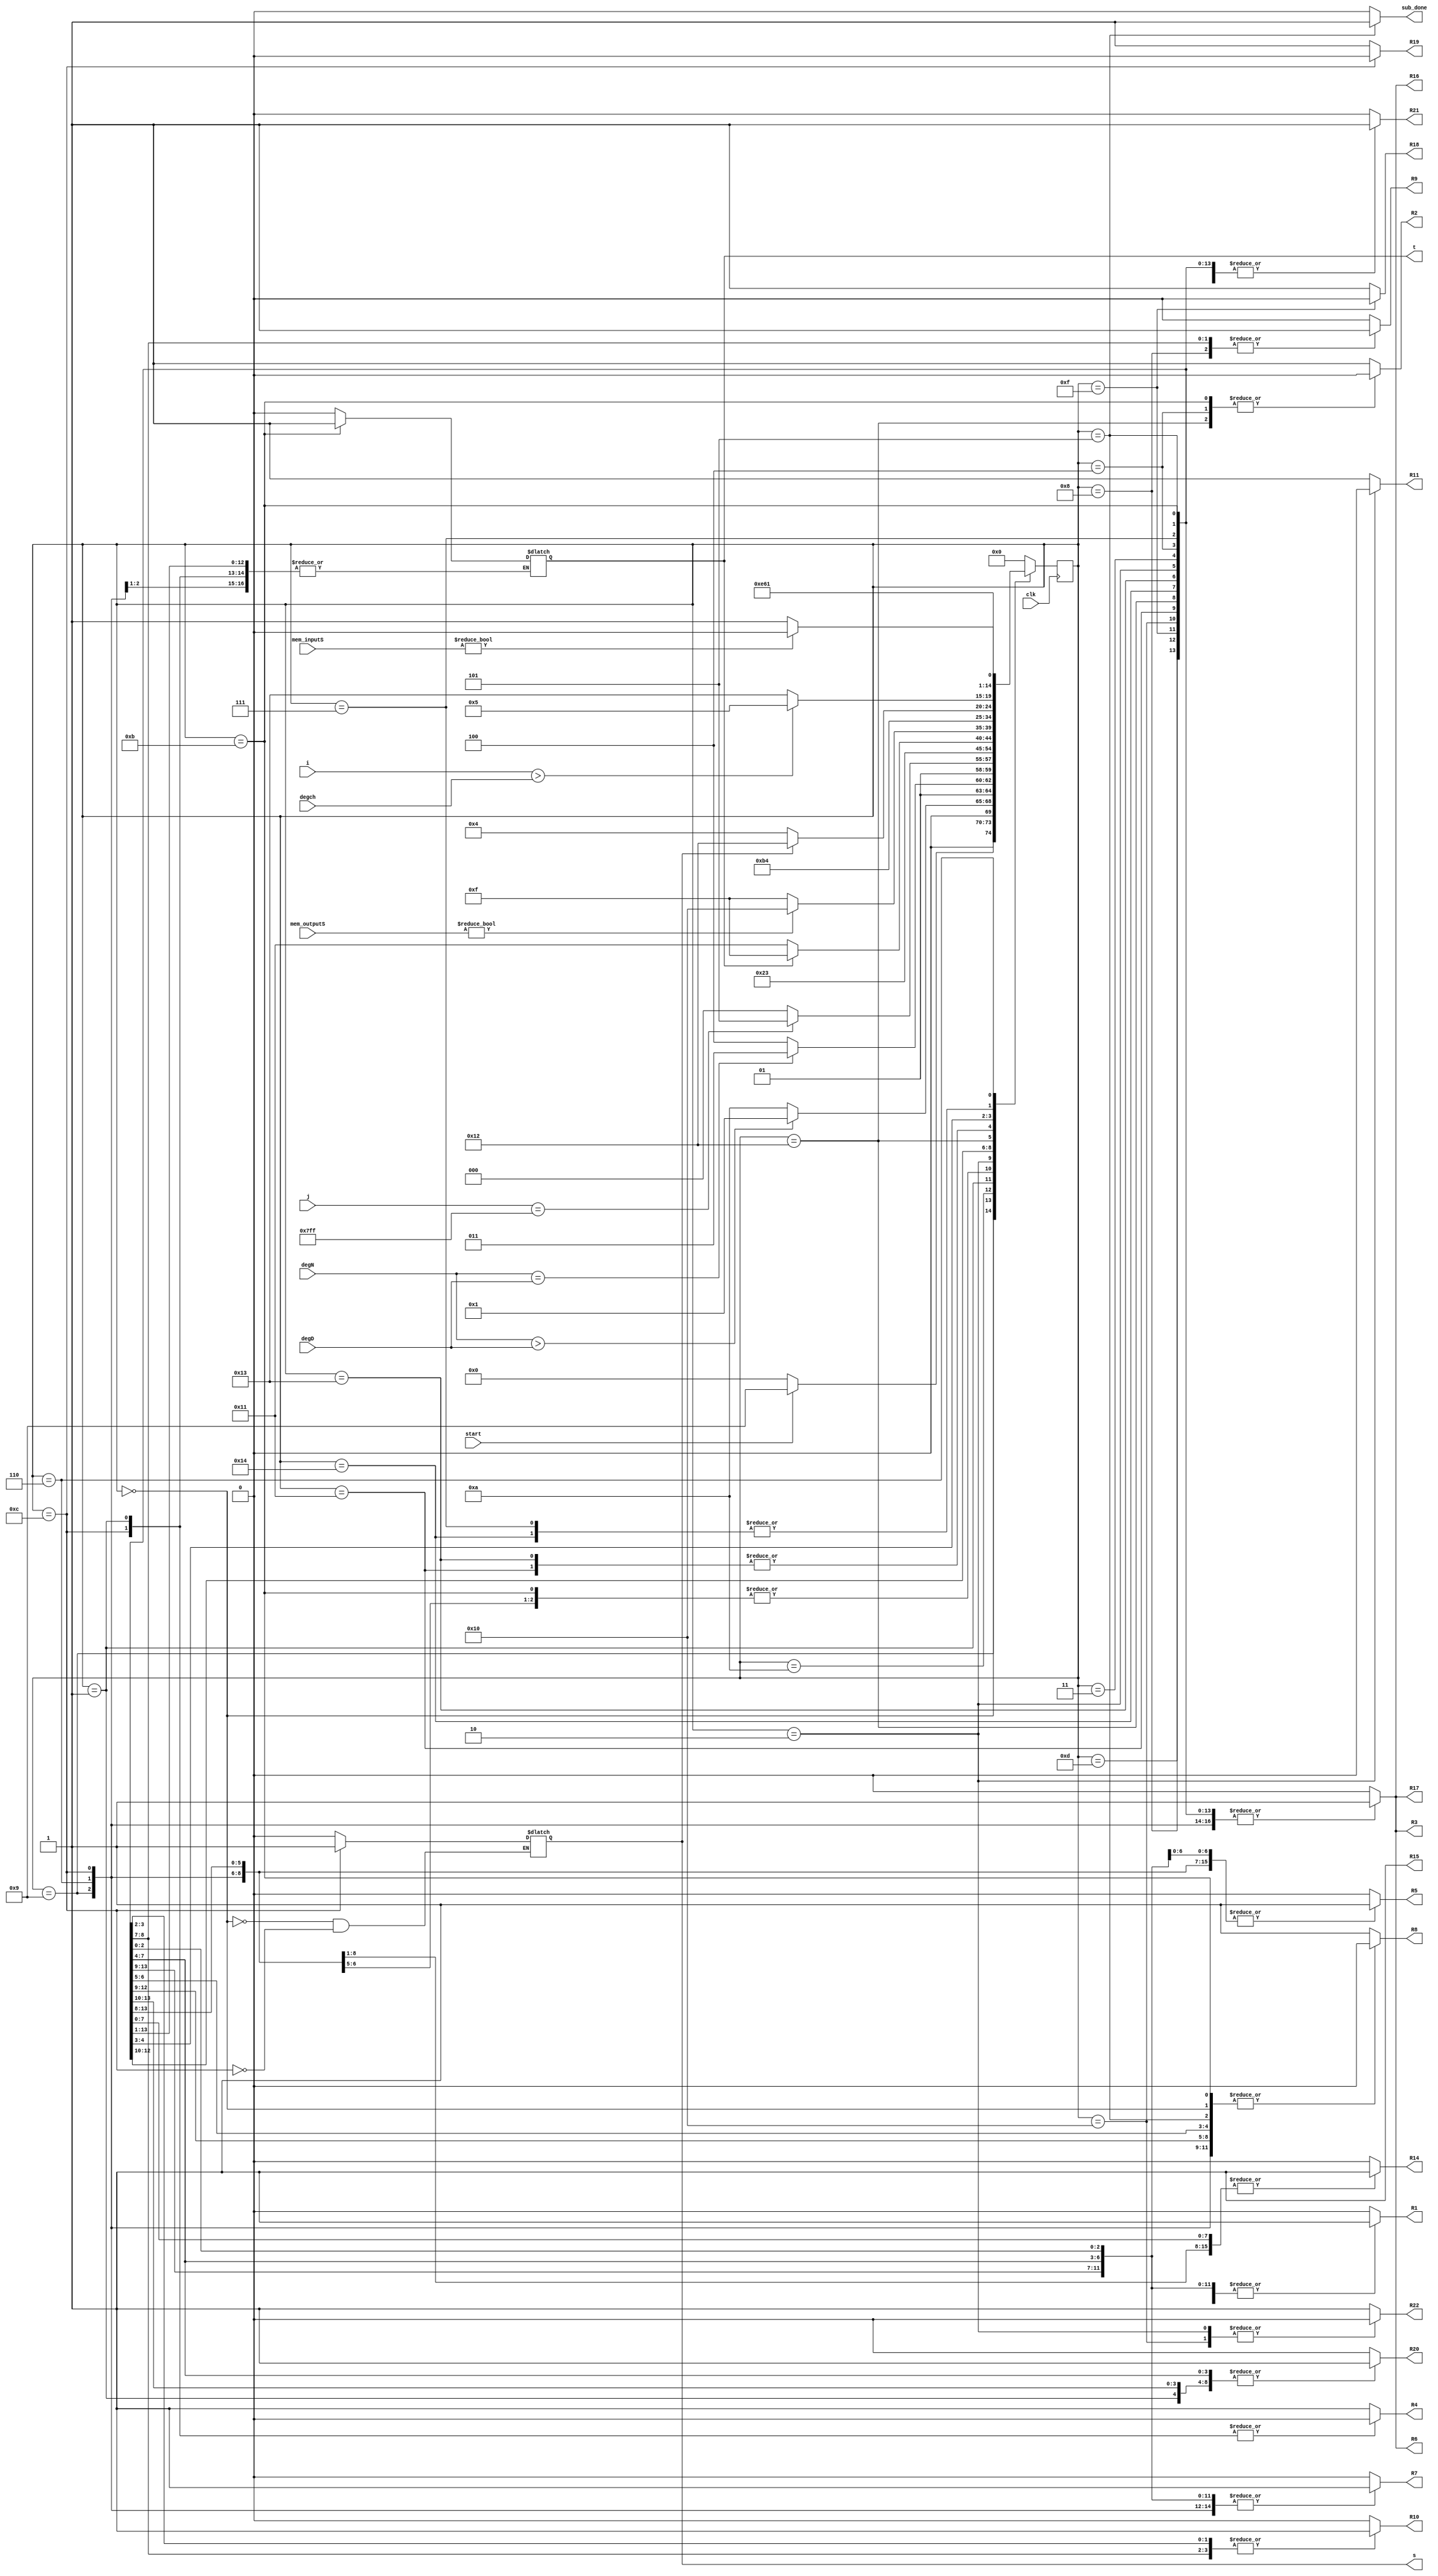
`timescale 1ns / 1ps
//////////////////////////////////////////////////////////////////////////////////
// Company: 
// Engineer: 
// 
// Design Name: 
// Module Name: Subpoly_FSM
// Project Name: 
// Target Devices: 
// Tool Versions: 
// Description: 
// 
// Dependencies: 
// 
// Revision:
// Revision 0.01 - File Created
// Additional Comments:
// 
//////////////////////////////////////////////////////////////////////////////////


module Subpoly_FSM(
    input clk,
    input start,
    input [25:0]mem_inputS, mem_outputS,
    input [10:0] i,  degN, degD, degch,
    input  [10:0] j,
    output reg t,s,
    output reg R1, R2, R3, R4, R5,R6, R7, R8, R9, R10, R11, R14, R15, R16, R17,R18, R19,R20,R21,R22,
    output reg sub_done
    );
    
    parameter Inicio  = 5'b00000;
    parameter preg1=5'b01001;
    parameter preg4=5'b01010;
    parameter M2=5'b01011; 
    parameter M3=5'b01100;
    parameter sub  = 5'b00001;
    parameter temp2= 5'b01000;
    parameter preg3=5'b01101;    
    parameter grad=5'b01111; 
    parameter grad1=5'b10000;
    parameter preg5=5'b10001;
    parameter compD=5'b10010;
    parameter preg6=5'b10011;
    parameter temp3=5'b10100;
    parameter deg =5'b00010;
    parameter preg =5'b00011;
    parameter comp =5'b00100;
    parameter preg2 =5'b00110;
    parameter temp1= 5'b00111;
    parameter salida =5'b00101;


    reg [4:0] presente = Inicio; // Registro de Estado - Valor inicial
    reg [4:0] futuro;            // Entrada del registro de Estado

    // Registro de estado 
    always @(posedge clk)
        presente <= futuro;

    // Lgica del estado siguiente
    always @(presente,start,i, j, degN, degD, mem_inputS,mem_outputS, t, degch)
        case (presente)
            Inicio :
                if(start)
                    futuro <= preg1;            
                else
                    futuro <= Inicio;
                                   
            preg1:
                if(degN>degD)
                    futuro <= sub;
                else
                    futuro <= preg4;
            preg4:
                if(degN==degD)
                    futuro <= M2;
                else
                    futuro <= M3;
            M2:
                 futuro <= sub;
            M3:
                 futuro <= sub;
            sub:
                if(j==2047)
                    futuro <= preg3;
                else
                    futuro <= temp2;
            temp2:
                 futuro <= sub;
            
            deg:
                futuro<=preg;
            preg3:
                if(t==0)
                    futuro <= preg5;
                else
                    futuro <= grad;
//            A5:
//                 futuro <= grad;
            grad:
                if(mem_outputS!=0)
                    futuro <= grad1;
                else
                    futuro <= grad;
            grad1:
                 futuro <= salida;
            preg5:     
                 if (s==0)
                    futuro<=comp;
                else
                    futuro<=compD;
            compD:
                futuro<=temp3;
            temp3:
                 futuro<=preg2;
            preg6:
                if (s==0)
                    futuro<=comp;
                else
                    futuro<=compD; 
            preg:
                if (i>degch)
                    futuro<=salida;
                else
                    futuro<=preg6;
            comp: 
                futuro<=temp1;
            temp1:
                futuro<=preg2;                
            preg2:
                if(mem_inputS!=0)
                    futuro<=deg;
                else
                    futuro <= preg;
                                
            salida:
                futuro <= Inicio; 
            default:
                futuro <= Inicio;
        endcase
    
    // Lgica de salida
    always @(presente)
        case (presente)
            Inicio : begin
                R1 <= 1'b0;
                R2 <= 1'b1;
                R3 <= 1'b0;
                R4 <= 1'b1;
                R5 <= 1'b0;
                R6 <= 1'b0;
                R7 <= 1'b0;
                R8<= 1'b0;
                R9<= 1'b0;
                R10<= 1'b0;
                R11<= 1'b1;
                R14<= 1'b0;
                R15<= 1'b1;
                R16<= 1'b0;
                R17<= 1'b0;
                R18<= 1'b1;
                R19<= 1'b1;
                t<= 1'b0;
                R20<= 1'b0;
                R21<= 1'b0;
                R22<= 1'b1;
                s<=1'b0;
                sub_done <= 1'b0; 
            end
            preg1: begin
                R1 <= 1'b1;
                R2 <= 1'b1;
                R3 <= 1'b1;
                R4 <= 1'b1;
                R5 <= 1'b1;
                R6 <= 1'b1;
                R7 <= 1'b1;
                R8<= 1'b0;
                R9<= 1'b0;
                R10<= 1'b0;
                R11<= 1'b1;
                R14<= 1'b1;
                R15<= 1'b1;
                R16<= 1'b1;
                R17<= 1'b1;
                R18<= 1'b1;
                R19<= 1'b1;
                t<= t;
                s<=s;
                R20<= 1'b1;
                R21<= 1'b1;
                R22<= 1'b1;
                sub_done <= 1'b0;
            end
            preg2: begin
                R1 <= 1'b1;
                R2 <= 1'b1;
                R3 <= 1'b1;
                R4 <= 1'b1;
                R5 <= 1'b1;
                R6 <= 1'b1;
                R7 <= 1'b1;
                R8<= 1'b0;
                R9<= 1'b0;
                R10<= 1'b0;
                R11<= 1'b1;
                R14<= 1'b1;
                R15<= 1'b1;
                R16<= 1'b1;
                R17<= 1'b1;
                R18<= 1'b1;
                R19<= 1'b1;
                t<= t;
                s<=s;
                R20<= 1'b1;
                R21<= 1'b1;
                R22<= 1'b1;
                sub_done <= 1'b0;
            end
            M2: begin
                R1 <= 1'b1;
                R2 <= 1'b0;
                R3 <= 1'b1;
                R4 <= 1'b1;
                R5 <= 1'b1;
                R6 <= 1'b1;
                R7 <= 1'b1;
                R8<= 1'b0;
                R9<= 1'b0;
                R10<= 1'b0;
                R11<= 1'b1;
                R14<= 1'b1;
                R15<= 1'b1;
                R16<= 1'b1;
                R17<= 1'b1;
                R18<= 1'b1;
                R19<= 1'b1;
                t<= 1'b1;
                s<=s;
                R20<= 1'b0;
                R21<= 1'b1;
                R22<= 1'b1;
                sub_done <= 1'b0;
            end
            M3: begin
                R1 <= 1'b1;
                R2 <= 1'b1;
                R3 <= 1'b1;
                R4 <= 1'b0;
                R5 <= 1'b1;
                R6 <= 1'b1;
                R7 <= 1'b1;
                R8<= 1'b0;
                R9<= 1'b0;
                R10<= 1'b0;
                R11<= 1'b1;
                R14<= 1'b1;
                R15<= 1'b1;
                R16<= 1'b1;
                R17<= 1'b1;
                R18<= 1'b1;
                R19<= 1'b0;
                t<= t;
                s<=1'b1;
                R20<= 1'b0;
                R21 <= 1'b0;
                R22<= 1'b1;
                sub_done <= 1'b0;
            end                     
            sub: begin
                R1 <= 1'b1;
                R2 <= 1'b1;
                R3 <= 1'b0;
                R4 <= 1'b0;
                R5 <= 1'b0;
                R6 <= 1'b0;
                R7 <= 1'b0;
                R8<= 1'b1;
                R9<= 1'b0;
                R10<= 1'b0;
                R11<= 1'b1;
                R14<= 1'b0;
                R15<= 1'b1;
                R16<= 1'b0;
                R17<= 1'b0;
                R18<= 1'b1;
                R19<= 1'b1;
                t<= t;
                s<=s;
                R20<= 1'b1;
                R21<= 1'b1;
                R22<= 1'b1;
                sub_done <= 1'b0;
            end
            temp2: begin
                R1 <= 1'b1;
                R2 <= 1'b1;
                R3 <= 1'b1;
                R4 <= 1'b1;
                R5 <= 1'b1;
                R6 <= 1'b1;
                R7 <= 1'b1;
                R8<= 1'b1;
                R9<= 1'b1;
                R10<= 1'b0;
                R11<= 1'b1;
                R14<= 1'b1;
                R15<= 1'b1;
                R16<= 1'b1;
                R17<= 1'b1;
                R18<= 1'b1;
                R19<= 1'b1;
                t<= t;
                s<=s;
                R20<= 1'b1;
                R21<= 1'b1;
                R22<= 1'b1;
                sub_done <= 1'b0;
            end
            preg3: begin
                R1 <= 1'b1;
                R2 <= 1'b1;
                R3 <= 1'b1;
                R4 <= 1'b1;
                R5 <= 1'b1;
                R6 <= 1'b1;
                R7 <= 1'b1;
                R8<= 1'b0;
                R9<= 1'b0;
                R10<= 1'b0;
                R11<= 1'b1;
                R14<= 1'b1;
                R15<= 1'b1;
                R16<= 1'b1;
                R17<= 1'b1;
                R18<= 1'b1;
                R19<= 1'b1;
                t<= t;
                s<=s;
                R20<= 1'b1;
                R21<= 1'b1;
                R22<= 1'b1;
                sub_done <= 1'b0;
            end
//            A5: begin
//                R1 <= 1'b1;
//                R2 <= 1'b1;
//                R3 <= 1'b1;
//                R4 <= 1'b1;
//                R5 <= 1'b1;
//                R6 <= 1'b1;
//                R7 <= 1'b1;
//                R8<= 1'b0;
//                R9<= 1'b0;
//                R10<= 1'b0;
//                R11<= 1'b1;
//                R14<= 1'b0;
//                R15<= 1'b1;
//                R16<= 1'b1;
//                R17<= 1'b1;
//                sub_done <= 1'b1;
//            end
            grad: begin
                R1 <= 1'b1;
                R2 <= 1'b1;
                R3 <= 1'b1;
                R4 <= 1'b1;
                R5 <= 1'b1;
                R6 <= 1'b1;
                R7 <= 1'b1;
                R8<= 1'b0;
                R9<= 1'b0;
                R10<= 1'b0;
                R11<= 1'b1;
                R14<= 1'b1;
                R15<= 1'b1;
                R16<= 1'b1;
                R17<= 1'b1;
                R18<= 1'b0;
                R19<= 1'b1;
                t<= t;
                s<=s;
                R20<= 1'b1;
                R21<= 1'b1;
                R22<= 1'b1;
                sub_done <= 1'b0;
            end
            grad1: begin
                R1 <= 1'b1;
                R2 <= 1'b1;
                R3 <= 1'b1;
                R4 <= 1'b1;
                R5 <= 1'b1;
                R6 <= 1'b1;
                R7 <= 1'b1;
                R8<= 1'b0;
                R9<= 1'b0;
                R10<= 1'b0;
                R11<= 1'b1;
                R14<= 1'b1;
                R15<= 1'b1;
                R16<= 1'b1;
                R17<= 1'b1;
                R18<= 1'b1;
                R19<= 1'b1;
                t<= t;
                s<=s;
                R20<= 1'b1;
                R21<= 1'b1;
                R22<= 1'b0;
                sub_done <= 1'b0;
            end
            preg5: begin
                R1 <= 1'b1;
                R2 <= 1'b1;
                R3 <= 1'b1;
                R4 <= 1'b1;
                R5 <= 1'b1;
                R6 <= 1'b1;
                R7 <= 1'b1;
                R8<= 1'b0;
                R9<= 1'b0;
                R10<= 1'b0;
                R11<= 1'b1;
                R14<= 1'b1;
                R15<= 1'b1;
                R16<= 1'b1;
                R17<= 1'b1;
                R18<= 1'b1;
                R19<= 1'b1;
                t<= t;
                s<=s;
                R20<= 1'b0;
                R21<= 1'b1;
                R22<= 1'b1;
                sub_done <= 1'b0;
            end
            compD: begin
                R1 <= 1'b0;
                R2 <= 1'b0;
                R3 <= 1'b1;
                R4 <= 1'b1;
                R5 <= 1'b1;
                R6 <= 1'b1;
                R7 <= 1'b0;
                R8<= 1'b1;
                R9<= 1'b1;
                R10<= 1'b1;
                R11<= 1'b1;
                R14<= 1'b0;
                R15<= 1'b1;
                R16<= 1'b1;
                R17<= 1'b1;
                R18<= 1'b1;
                R19<= 1'b1;
                t<= t;
                s<=s;
                R20<= 1'b0;
                R21<= 1'b1;
                R22<= 1'b1;
                sub_done <= 1'b0;
            end
            temp3: begin
                R1 <= 1'b1;
                R2 <= 1'b1;
                R3 <= 1'b1;
                R4 <= 1'b1;
                R5 <= 1'b1;
                R6 <= 1'b1;
                R7 <= 1'b1;
                R8<= 1'b1;
                R9<= 1'b1;
                R10<= 1'b1;
                R11<= 1'b1;
                R14<= 1'b1;
                R15<= 1'b1;
                R16<= 1'b1;
                R17<= 1'b1;
                R18<= 1'b1;
                R19<= 1'b1;
                t<= t;
                s<=s;
                R20<= 1'b1;
                R21<= 1'b1;
                R22<= 1'b1;
                sub_done <= 1'b0;
            end
            preg6: begin
                R1 <= 1'b1;
                R2 <= 1'b1;
                R3 <= 1'b1;
                R4 <= 1'b1;
                R5 <= 1'b1;
                R6 <= 1'b1;
                R7 <= 1'b1;
                R8<= 1'b0;
                R9<= 1'b0;
                R10<= 1'b0;
                R11<= 1'b1;
                R14<= 1'b1;
                R15<= 1'b1;
                R16<= 1'b1;
                R17<= 1'b1;
                R18<= 1'b1;
                R19<= 1'b1;
                t<= t;
                s<=s;
                R20<= 1'b1;
                R21<= 1'b1;
                R22<= 1'b1;
                sub_done <= 1'b0;
            end
            
            deg: begin
                R1 <= 1'b1;
                R2 <= 1'b1;
                R3 <= 1'b1;
                R4 <= 1'b1;
                R5 <= 1'b1;
                R6 <= 1'b1;
                R7 <= 1'b1;
                R8<= 1'b0;
                R9<= 1'b0;
                R10<= 1'b0;
                R11<= 1'b0;
                R14<= 1'b1;
                R15<= 1'b1;
                R16<= 1'b1;
                R17<= 1'b1;
                R18<= 1'b1;
                R19<= 1'b1;
                t<= t;
                s<=s;
                R20<= 1'b1;
                R21<= 1'b1;
                R22<= 1'b0;
                sub_done <= 1'b0;
            end
            preg: begin
                R1 <= 1'b1;
                R2 <= 1'b1;
                R3 <= 1'b1;
                R4 <= 1'b1;
                R5 <= 1'b1;
                R6 <= 1'b1;
                R7 <= 1'b1;
                R8<= 1'b1;
                R9<= 1'b0;
                R10<= 1'b0;
                R11<= 1'b1;
                R14<= 1'b1;
                R15<= 1'b1;
                R16<= 1'b1;
                R17<= 1'b1;
                R18<= 1'b1;
                R19<= 1'b1;
                t<= t;
                s<=s;
                R20<= 1'b1;
                R21<= 1'b1;
                R22<= 1'b1;
                sub_done <= 1'b0;
            end
            comp: begin
                R1 <= 1'b0;
                R2 <= 1'b0;
                R3 <= 1'b1;
                R4 <= 1'b1;
                R5 <= 1'b0;
                R6 <= 1'b1;
                R7 <= 1'b0;
                R8<= 1'b1;
                R9<= 1'b0;
                R10<= 1'b1;
                R11<= 1'b1;
                R14<= 1'b1;
                R15<= 1'b1;
                R16<= 1'b1;
                R17<= 1'b1;
                R18<= 1'b1;
                R19<= 1'b1;
                t<= t;
                s<=s;
                R20<= 1'b0;
                R21<= 1'b1;
                R22<= 1'b1;
                sub_done <= 1'b0;
            end
            temp1: begin
                R1 <= 1'b1;
                R2 <= 1'b1;
                R3 <= 1'b1;
                R4 <= 1'b1;
                R5 <= 1'b1;
                R6 <= 1'b1;
                R7 <= 1'b1;
                R8<= 1'b1;
                R9<= 1'b0;
                R10<= 1'b1;
                R11<= 1'b1;
                R14<= 1'b1;
                R15<= 1'b1;
                R16<= 1'b1;
                R17<= 1'b1;
                R18<= 1'b1;
                R19<= 1'b1;
                t<= t;
                s<=s;
                R20<= 1'b0;
                R21<= 1'b1;
                R22<= 1'b1;
                sub_done <= 1'b0;
            end
            preg2: begin
                R1 <= 1'b1;
                R2 <= 1'b1;
                R3 <= 1'b1;
                R4 <= 1'b1;
                R5 <= 1'b1;
                R6 <= 1'b1;
                R7 <= 1'b1;
                R8<= 1'b1;
                R9<= 1'b0;
                R10<= 1'b0;
                R11<= 1'b1;
                R14<= 1'b1;
                R15<= 1'b1;
                R16<= 1'b1;
                R17<= 1'b1;
                R18<= 1'b1;
                R19<= 1'b1;
                t<= t;
                s<=s;
                R20<= 1'b0;
                R21<= 1'b1;
                R22<= 1'b1;
                sub_done <= 1'b0;
            end
            salida: begin
                R1 <= 1'b1;
                R2 <= 1'b1;
                R3 <= 1'b1;
                R4 <= 1'b1;
                R5 <= 1'b1;
                R6 <= 1'b1;
                R7 <= 1'b1;
                R8<= 1'b0;
                R9<= 1'b0;
                R10<= 1'b0;
                R11<= 1'b1;
                R14<= 1'b1;
                R15<= 1'b1;
                R16<= 1'b1;
                R17<= 1'b1;
                R18<= 1'b1;
                R19<= 1'b1;
                t<= t;
                s<=s;
                R20<= 1'b0;
                R21<= 1'b1;
                R22<= 1'b1;
                sub_done <= 1'b1;
            end
            default: begin
                R1 <= 1'b0;
                R2 <= 1'b1;
                R3 <= 1'b0;
                R4 <= 1'b1;
                R5 <= 1'b0;
                R6 <= 1'b0;
                R7 <= 1'b0;
                R8<= 1'b1;
                R9<= 1'b0;
                R10<= 1'b0;
                R11<= 1'b1;
                R14<= 1'b0;
                R15<= 1'b1;
                R16<= 1'b0;
                R17<= 1'b0;
                R18<= 1'b1;
                R19<= 1'b1;
                t<= 1'b0;
                s<=s;
                R20<= 1'b0;
                R21<= 1'b0;
                R22<= 1'b1;
                sub_done <= 1'b0;
            end
      endcase

endmodule